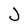
Character: J